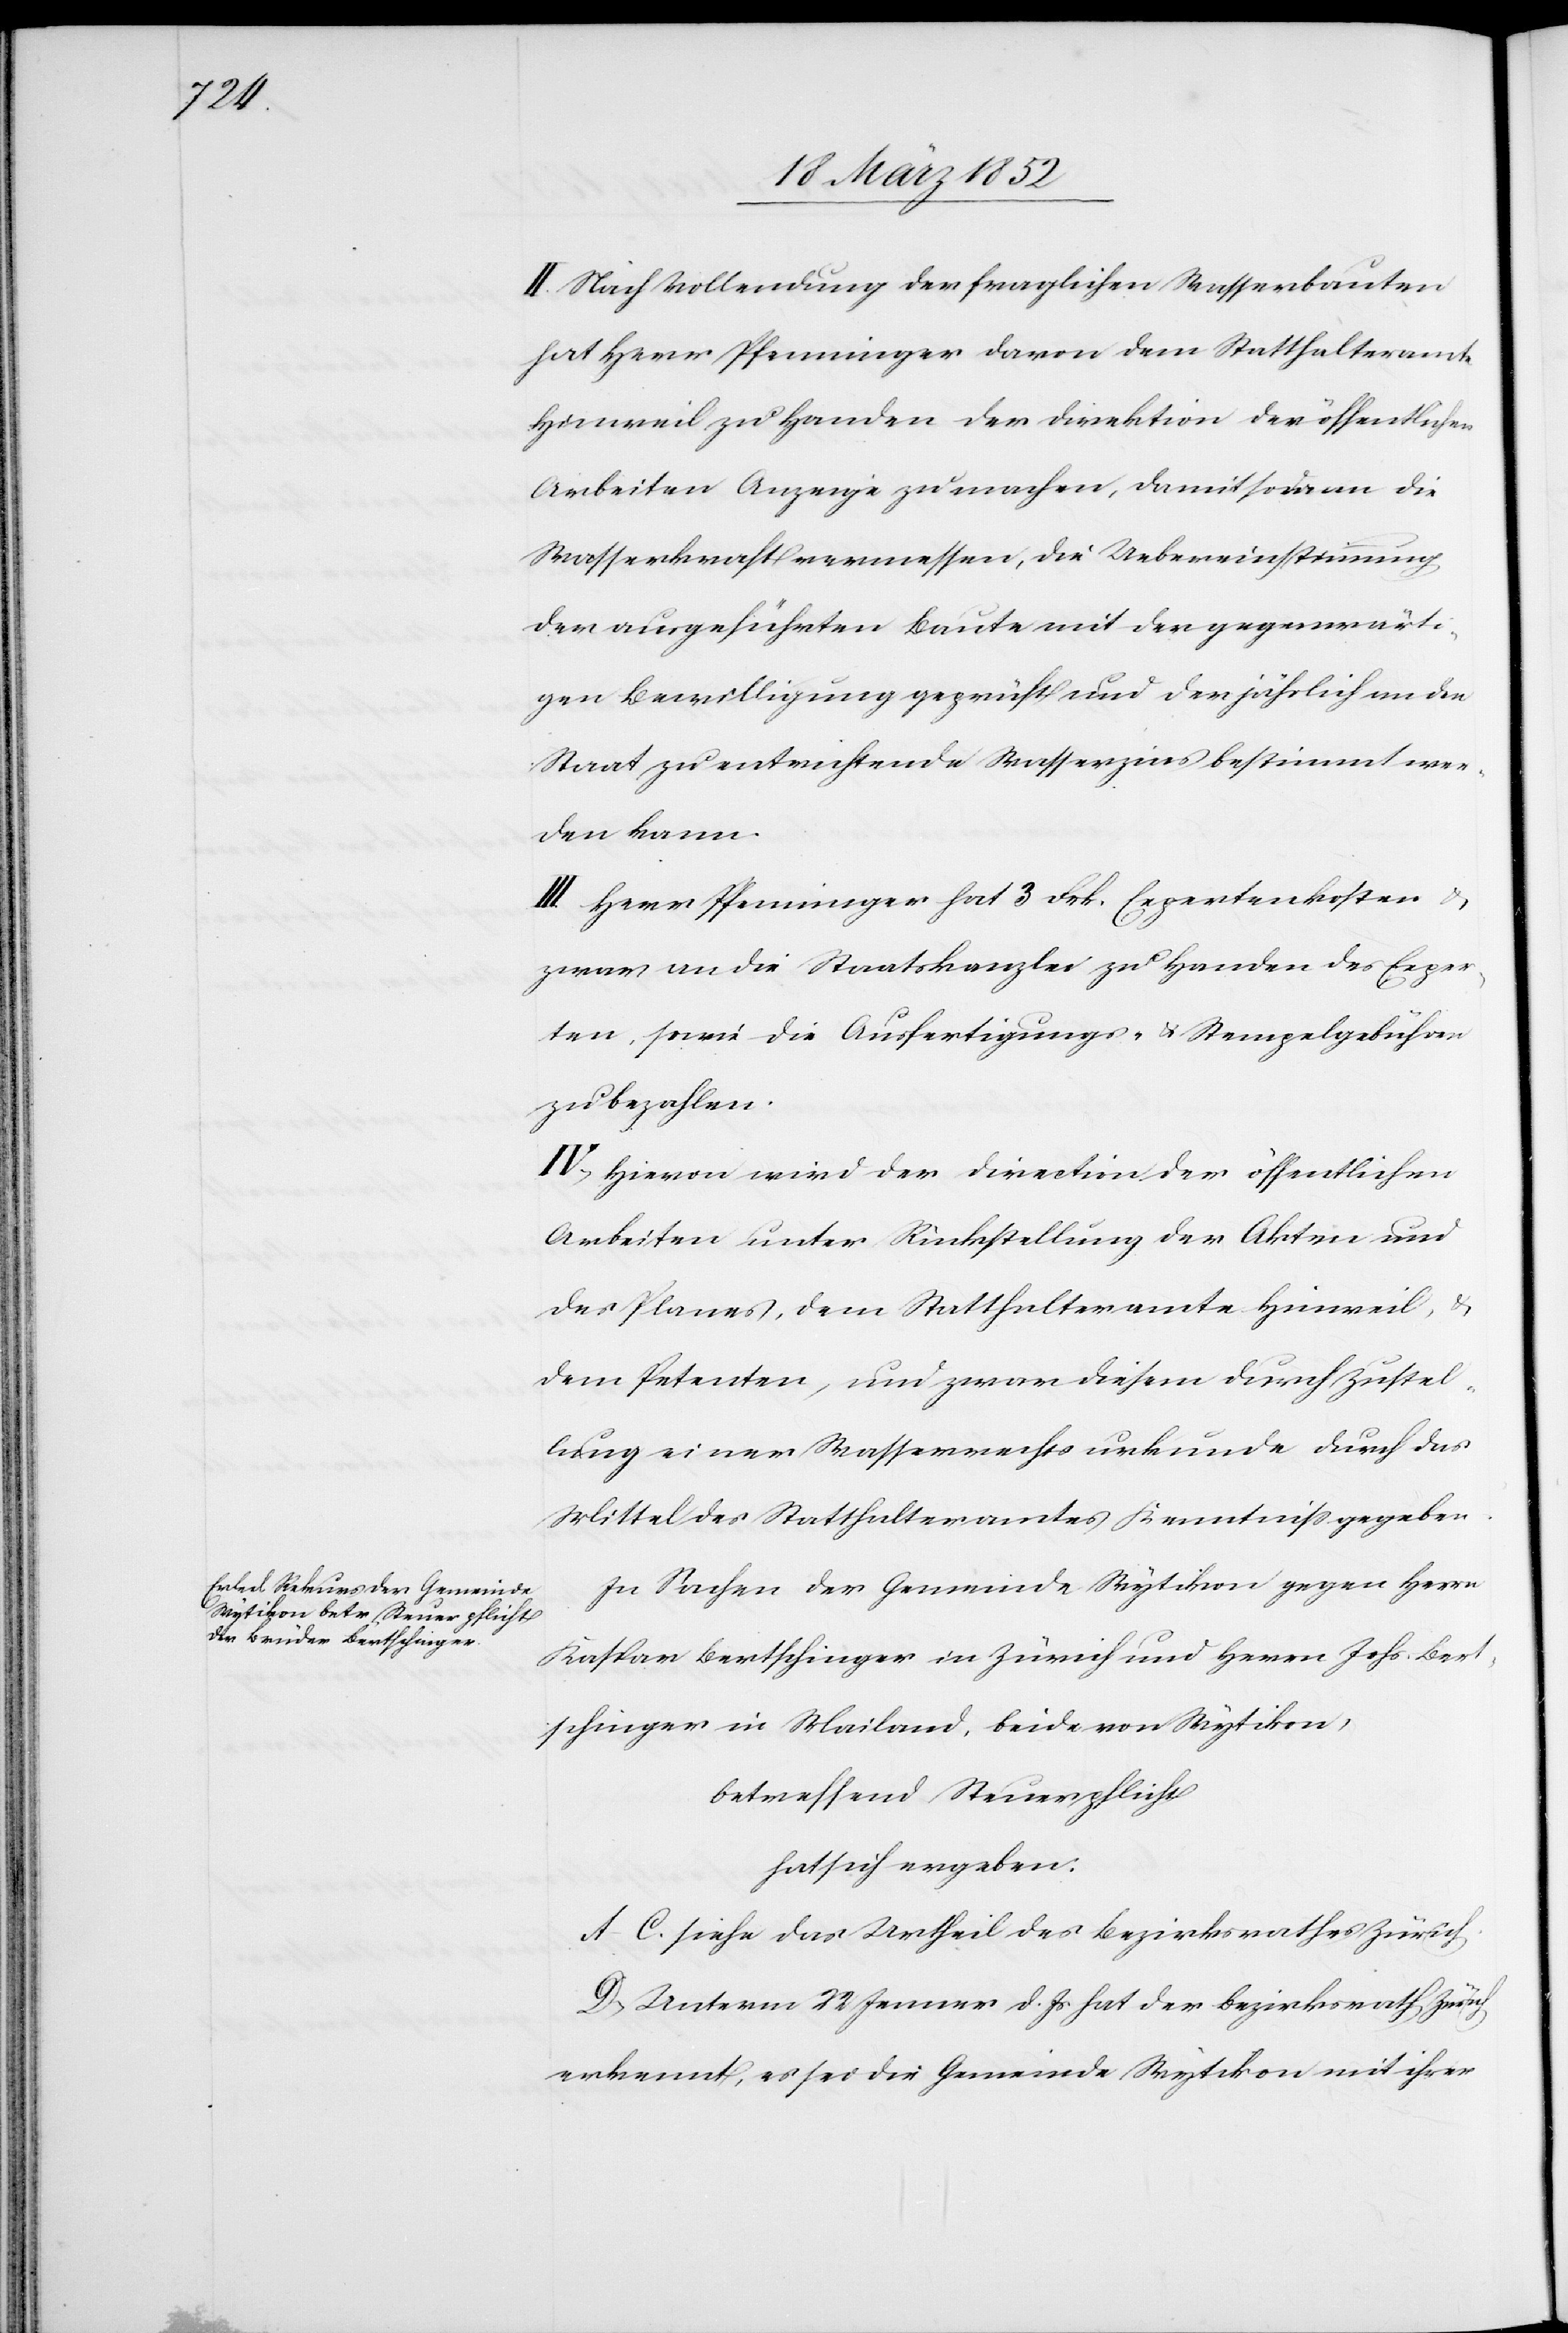
Bert¬

II. Nach Vollendung der fraglichen Wasserbauten
hat Herr Pfenninger davon dem Statthalteramte
Hinweil zu Handen der Direktion der öffentlichen
Arbeiten Anzeige zu machen, damit sodann die
Wasserkraft vermessen, die Uebereinstimmung
der ausgeführten Baute mit der gegenwärti¬
gen Bewilligung geprüft und der jährlich an den
Staat zu entrichtende Wasserzins bestimmt wer¬
den kann.
III. Herr Pfenninger hat 3 Frk. Expertenkosten u.
zwar an die Staatskanzlei zu Handen des Exper¬
ten, sowie die Ausfertigungs- u. Stempelgebühren
zu bezahlen.
IV. Hievon wird der Direction der öffentlichen
Arbeiten unter Rückstellung der Akten und
des Planes, dem Statthalteramte Hinweil, u.
dem Petenten, und zwar diesem durch Zustel¬
lung einer Wasserrechtsurkunde durch das
Mittel des Statthalteramtes Kenntniß gegeben.
In Sachen der Gemeinde Zürich und Herrn
schinger in Mailand, beide von Wytikon,
betreffend Steuerpflicht
hat sich ergeben:
A–C. siehe das Urtheil des Bezirksrathes Zürich.
D. Unterm 22 Jenner d. Js hat der Bezirksrath Zürich
erkennt, es sei die Gemeinde Wytikon mit ihrer